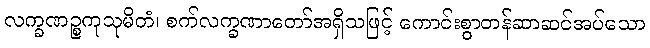
လက္ခဏဉ္စကုသုမိတံ၊ စက်လက္ခဏာတော်အရှိသဖြင့် ကောင်းစွာတန်ဆာဆင်အပ်သော